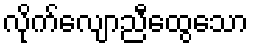
လိုက်လျောညီထွေသော